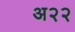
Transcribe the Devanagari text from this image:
अ२२